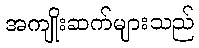
အကျိုးဆက်များသည်